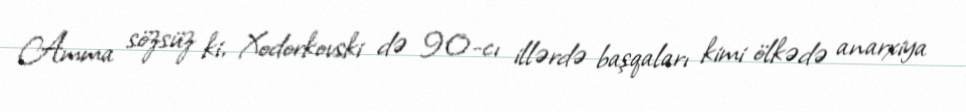
Amma sözsüz ki, Xodorkovski də 90-cı illərdə başqaları kimi ölkədə anarxiya